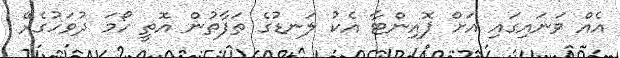
އެއް ވަނައިގައި އަށް ޕޮއިންޓާ އެކު ލަނޑުގެ ތަފާތުން އޮތީ ހޯމަ ދުވަހުގެރޭ